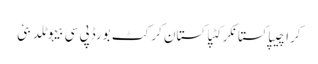
کراچیپاکستانکرکٹپاکستان کرکٹ بورڈپی سی بیہوٹلدبئی